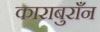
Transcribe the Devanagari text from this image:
काराबुराँन